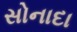
સોનાદા